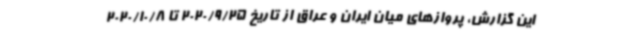
این گزارش، پروازهای میان ایران و عراق از تاریخ 2020/9/25 تا 2020/10/8